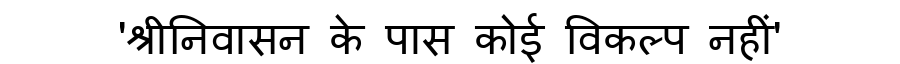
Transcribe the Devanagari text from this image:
'श्रीनिवासन के पास कोई विकल्प नहीं'